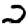
Digit: 2